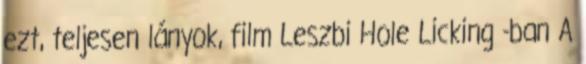
ezt, teljesen lányok, film Leszbi Hole Licking -ban A